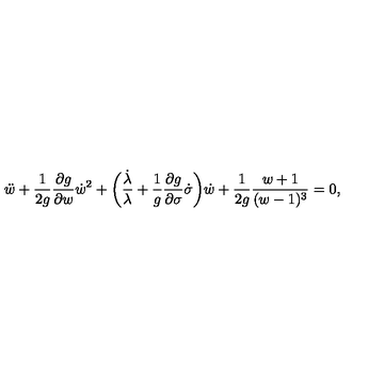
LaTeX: { \ddot { w } } + \frac { 1 } { 2 g } \frac { \partial g } { \partial w } { \dot { w } } ^ { 2 } + \biggl ( \frac { \dot { \lambda } } { \lambda } + \frac { 1 } { g } \frac { \partial g } { \partial \sigma } \dot { \sigma } \biggr ) \dot { w } + \frac { 1 } { 2 g } \frac { w + 1 } { ( w - 1 ) ^ { 3 } } = 0 ,